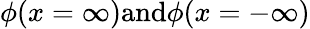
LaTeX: \phi(x=\infty)\textrm{and}\phi(x=-\infty)